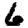
Digit: 6